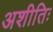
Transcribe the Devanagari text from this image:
अशीतिः